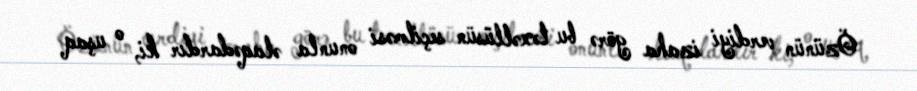
Özünün verdiyi izaha görə bu təxəllüsün seçilməsi onunla əlaqədardır ki, o uşaq